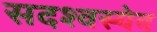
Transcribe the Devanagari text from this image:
सदश्वस्येव